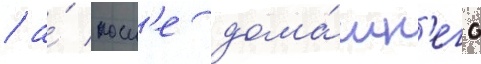
/ а́ посл'е дома́шн'его